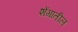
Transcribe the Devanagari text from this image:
शेंगातील